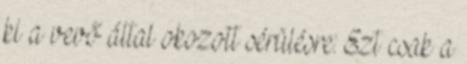
ki a vevő által okozott sérülésre. Ezt csak a